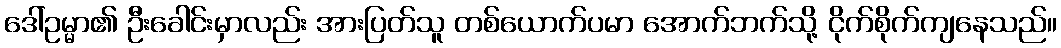
ဒေါ်ဥမ္မာ၏ ဦးခေါင်းမှာလည်း အားပြတ်သူ တစ်ယောက်ပမာ အောက်ဘက်သို့ ငိုက်စိုက်ကျနေသည်။